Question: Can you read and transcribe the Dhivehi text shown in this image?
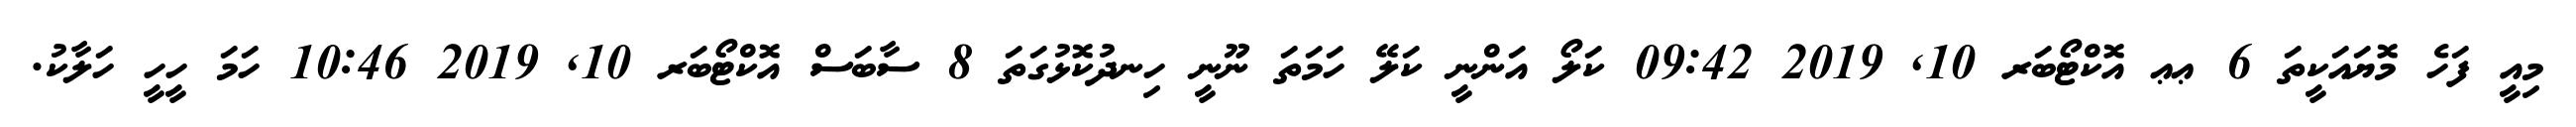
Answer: މިއީ ފަހެ މޮޔައަކީތަ 6 ޢޢ އޮކްޓޯބަރ 10, 2019 09:42 ކަލޯ އަންނީ ކަލޭ ހަމަތަ ނޫނީ ހިނދުކޮޅުގަތަ 8 ސާބަސް އޮކްޓޯބަރ 10, 2019 10:46 ހަމަ ހީހީ ހަލާކު.